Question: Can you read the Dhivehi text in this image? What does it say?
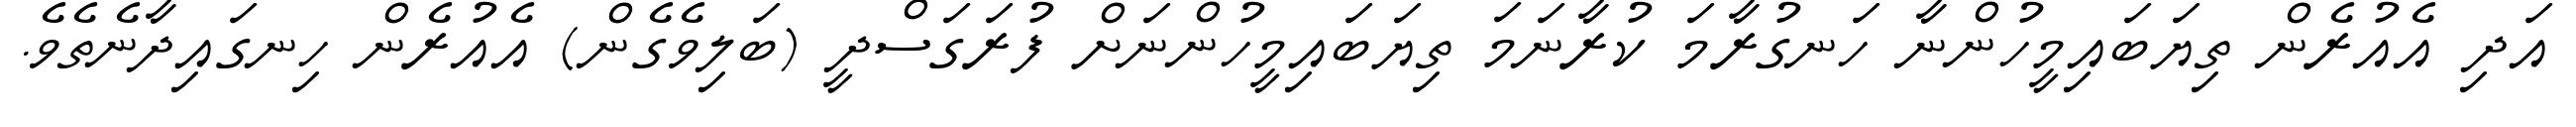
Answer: އަދި އެއުރެން ތިޔަބައިމީހުންނާ ހަނގުރާމަ ކުރާނަމަ ތިޔަބައިމީހުންނަށް ފުރަގަސްދީ (ބަލިވެގެން) އެއުރެން ހިނގައިދާނެތެވެ.